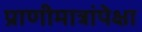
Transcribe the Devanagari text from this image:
प्राणीमात्रांपेक्षा